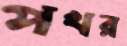
পখর